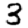
Digit: 3